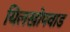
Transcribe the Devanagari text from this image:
यिलखोपवाड